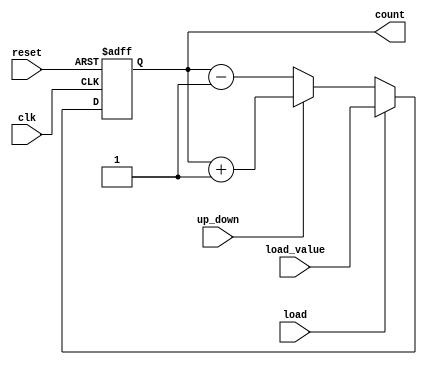
module async_counter #(
    parameter WIDTH = 4 // Define the width of the counter (e.g., 4 bits)
)(
    input wire clk,          // Clock input
    input wire reset,        // Asynchronous reset input
    input wire load,         // Load signal
    input wire up_down,      // Count direction (1 for up, 0 for down)
    input wire [WIDTH-1:0] load_value, // Value to load into the counter
    output reg [WIDTH-1:0] count // Current count value output
);

// Asynchronous reset and load functionality
always @(posedge clk or posedge reset) begin
    if (reset) begin
        count <= 0; // Reset the counter to 0
    end else if (load) begin
        count <= load_value; // Load the specified value into the counter
    end else begin
        // Count up or down based on the up_down signal
        if (up_down) begin
            count <= count + 1; // Increment the count
        end else begin
            count <= count - 1; // Decrement the count
        end
    end
end

endmodule